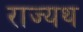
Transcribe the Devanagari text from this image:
राज्यथ